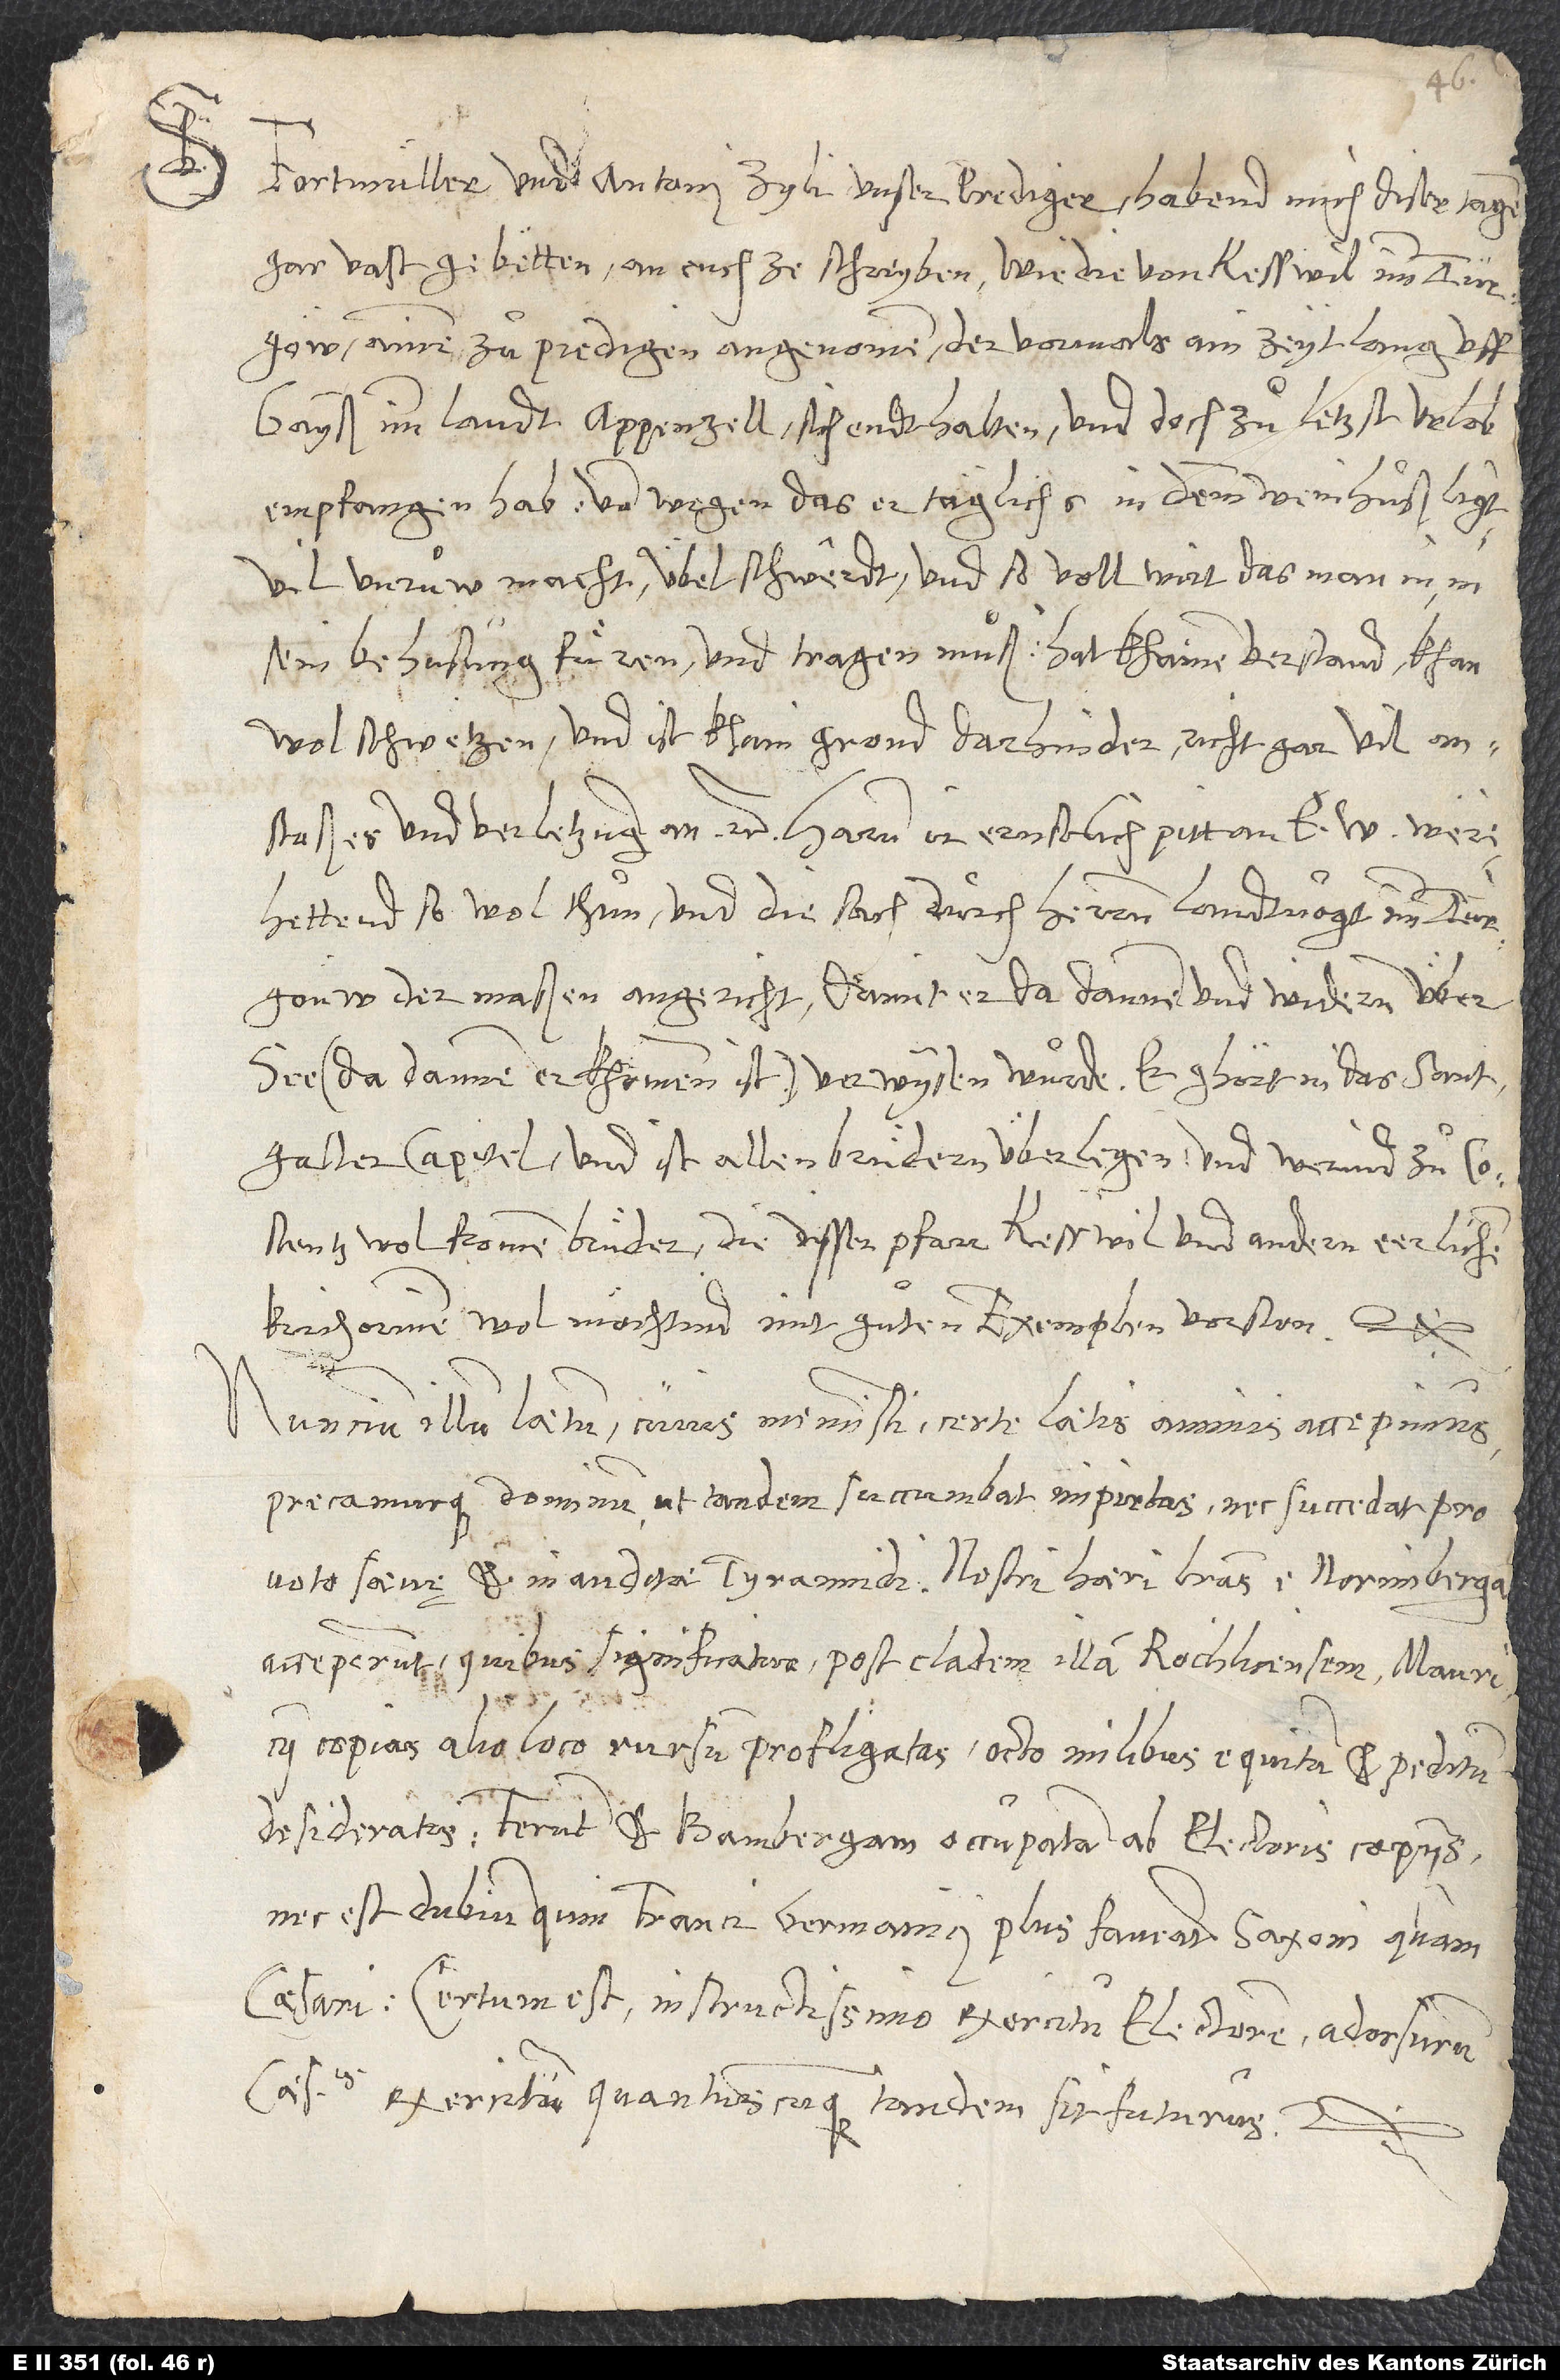
Fortmüller und Antoni Zyli, unser prediger, habend mich diser tagen
gar vast gebetten, an euch ze schreyben, wie die von Kesswil imm Turgöw
ainen zuͦ predigen angenomen, der vormals ain zeyt lang uff
Gaiß imm landt Appenzell sich endthalten und doch zuͦletzst urlob
empfangen hab, von wegen das er täglichs in demm weinhuß ligt,
vil unruͦw macht, übel schwêrdt und so voll wirt, das man in in
sein behusung fuͤren und tragen muͦß; hat khainen verstand, kan
wol schwetzen und ist khain grond darhinder, richt gar vil
anstoßes und verletzung an, etc. Harum ir ernstlich pitt an e were:
Hettend so wol thuͦn und die sach durch den herren landtvogt im Turgöuw
dermaßen angericht, damit er da dannen und widerum über
see (da dannen er khommen ist) verwysen wurde. Er ghört in das Santgaller
capitel und ist allen bruͤdern überlegen, und werind zuͦ Costentz
wol fromme bruͤder, die disser pfarr Kesswil und andern eerlichen
kirchorinen wol möchtind mit guͦten exemplen vorsten, etc.
Nuncium illum laetum, cuius meministi, certe laetis animis accepimus
precamurque dominum, ut tandem succumbat impietas nec succedat pro
voto saevę et inauditae tyrannidi. Nostri haeri literas e Norimberga
acceperunt, quibus significatur, post cladem illam Rochlicensem Mauricii
copias alio loco rursum profligatas, octo milibus equitum et peditum
desideratis. Ferunt et Bambergam occupatam ab electoris copiis,
nec est dubium, quin Franci Germanici plus faveant Saxoni quam
caesari. Certum est instructissimo exercitu electorem adorsurum
caesaris exercitum, quantuscunque tandem sit futurus, etc.